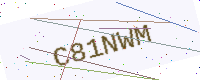
Text: C81NWM